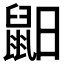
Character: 𪕈